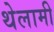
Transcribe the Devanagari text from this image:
थेलामी